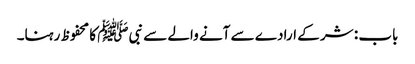
باب : شر کے ارادے سے آنے والے سے نبیﷺ کا محفوظ رہنا۔